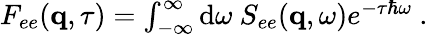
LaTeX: \begin{array}{r}{F_{ee}(\mathbf{q},\tau)=\int_{-\infty}^{\infty}\textnormal{d}\omega\ S_{ee}(\mathbf{q},\omega)e^{-\tau\hbar\omega}\ .}\end{array}